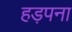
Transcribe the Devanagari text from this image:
हड़पना